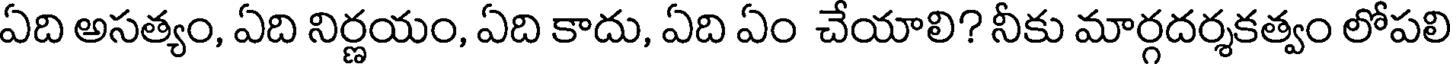
ఏది అసత్యం, ఏది నిర్ణయం, ఏది కాదు, ఏది ఏం చేయాలి? నీకు మార్గదర్శకత్వం లోపలి